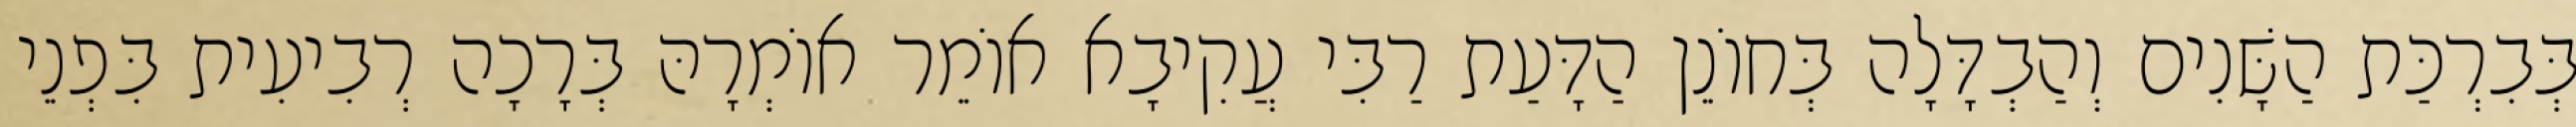
בְּבִרְכַּת הַשָּׁנִים וְהַבְדָּלָה בְּחוֹנֵן הַדָּעַת רַבִּי עֲקִיבָא אוֹמֵר אוֹמְרָהּ בְּרָכָה רְבִיעִית בִּפְנֵי